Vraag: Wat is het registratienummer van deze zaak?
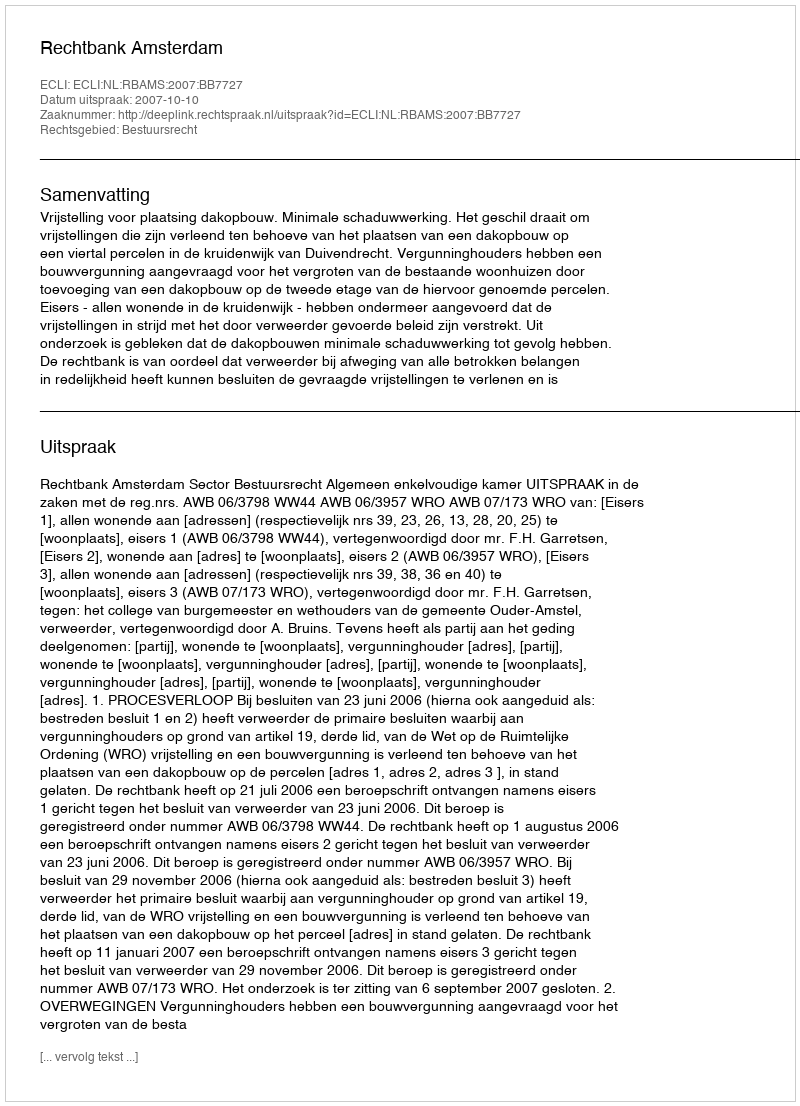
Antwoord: http://deeplink.rechtspraak.nl/uitspraak?id=ECLI:NL:RBAMS:2007:BB7727